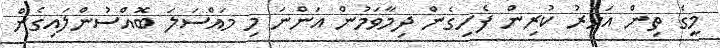
މީގެ ތިން އަހަރު ކުރިން ފެށިގެން ދިމާވަމުން އަންނަ މި މައްސަލަ ބޮއްސުންލައިގެން